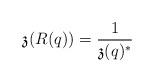
LaTeX: \begin{gather*}\mathfrak z(R(q))=\frac1{\mathfrak z(q)^*}\end{gather*}